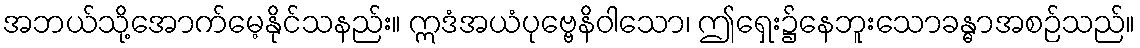
အဘယ်သို့အောက်မေ့နိုင်သနည်း။ ဣဒံအယံပုဗ္ဗေနိဝါသော၊ ဤရှေး၌နေဘူးသောခန္ဓာအစဉ်သည်။